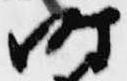
時